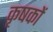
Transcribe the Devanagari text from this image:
कृषकाें